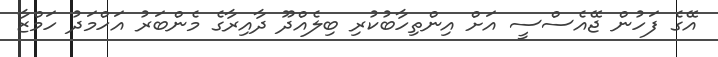
އޭގެ ފަހުން ޖޭއެސްސީ އަށް އިންތިހާބުކުރި ބިލެއްދޫ ދާއިރާގެ މެންބަރު އަހްމަދު ހަމްޒާ